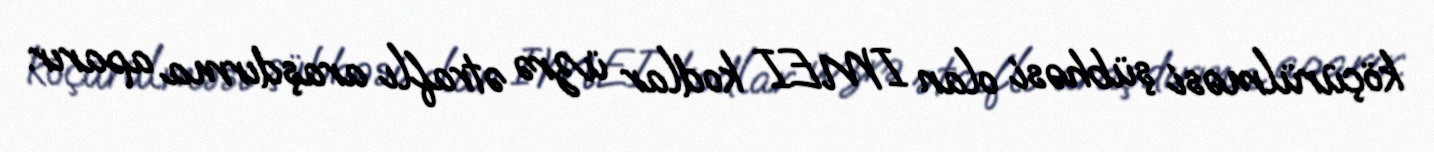
köçürülməsi şübhəsi olan IMEI kodlar üzrə ətraflı araşdırma aparır.